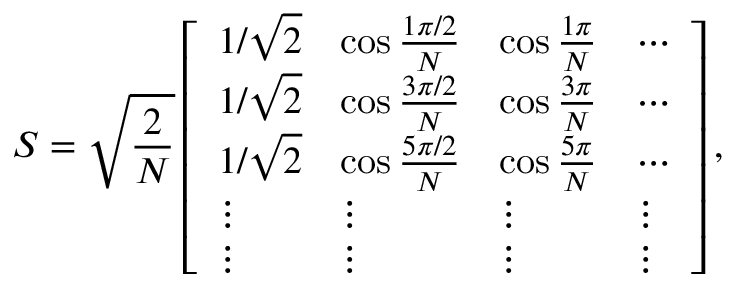
S = \sqrt { \frac { 2 } { N } } \left[ \begin{array} { l l l l } { 1 / \sqrt { 2 } } & { \cos \frac { 1 \pi / 2 } { N } } & { \cos \frac { 1 \pi } { N } } & { \cdots } \\ { 1 / \sqrt { 2 } } & { \cos \frac { 3 \pi / 2 } { N } } & { \cos \frac { 3 \pi } { N } } & { \cdots } \\ { 1 / \sqrt { 2 } } & { \cos \frac { 5 \pi / 2 } { N } } & { \cos \frac { 5 \pi } { N } } & { \cdots } \\ { \vdots } & { \vdots } & { \vdots } & { \vdots } \\ { \vdots } & { \vdots } & { \vdots } & { \vdots } \end{array} \right] ,